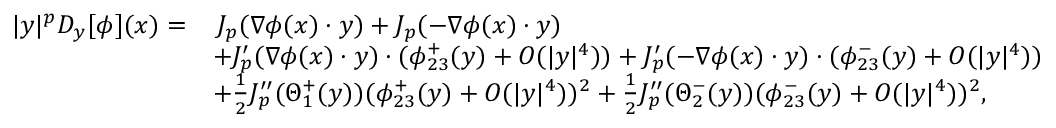
\begin{array} { r l } { | y | ^ { p } D _ { y } [ \phi ] ( x ) = } & { \, J _ { p } ( \nabla \phi ( x ) \cdot y ) + J _ { p } ( - \nabla \phi ( x ) \cdot y ) } \\ & { + J _ { p } ^ { \prime } ( \nabla \phi ( x ) \cdot y ) \cdot ( \phi _ { 2 3 } ^ { + } ( y ) + O ( | y | ^ { 4 } ) ) + J _ { p } ^ { \prime } ( - \nabla \phi ( x ) \cdot y ) \cdot ( \phi _ { 2 3 } ^ { - } ( y ) + O ( | y | ^ { 4 } ) ) } \\ & { + \frac { 1 } { 2 } J _ { p } ^ { \prime \prime } ( \Theta _ { 1 } ^ { + } ( y ) ) ( \phi _ { 2 3 } ^ { + } ( y ) + O ( | y | ^ { 4 } ) ) ^ { 2 } + \frac { 1 } { 2 } J _ { p } ^ { \prime \prime } ( \Theta _ { 2 } ^ { - } ( y ) ) ( \phi _ { 2 3 } ^ { - } ( y ) + O ( | y | ^ { 4 } ) ) ^ { 2 } , } \end{array}